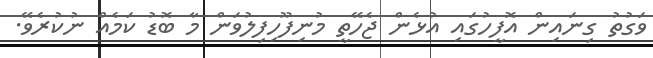
ވަގުތު ގިނައިން އޮފީހުގައި އުޅެން ޖެހޭތީ މުނިފޫހިފިލުވަން މާ ބޮޑު ކަމެއް ނުކުރެވޭ.